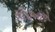
સીઈઓએ